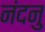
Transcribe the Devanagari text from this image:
नंदनु